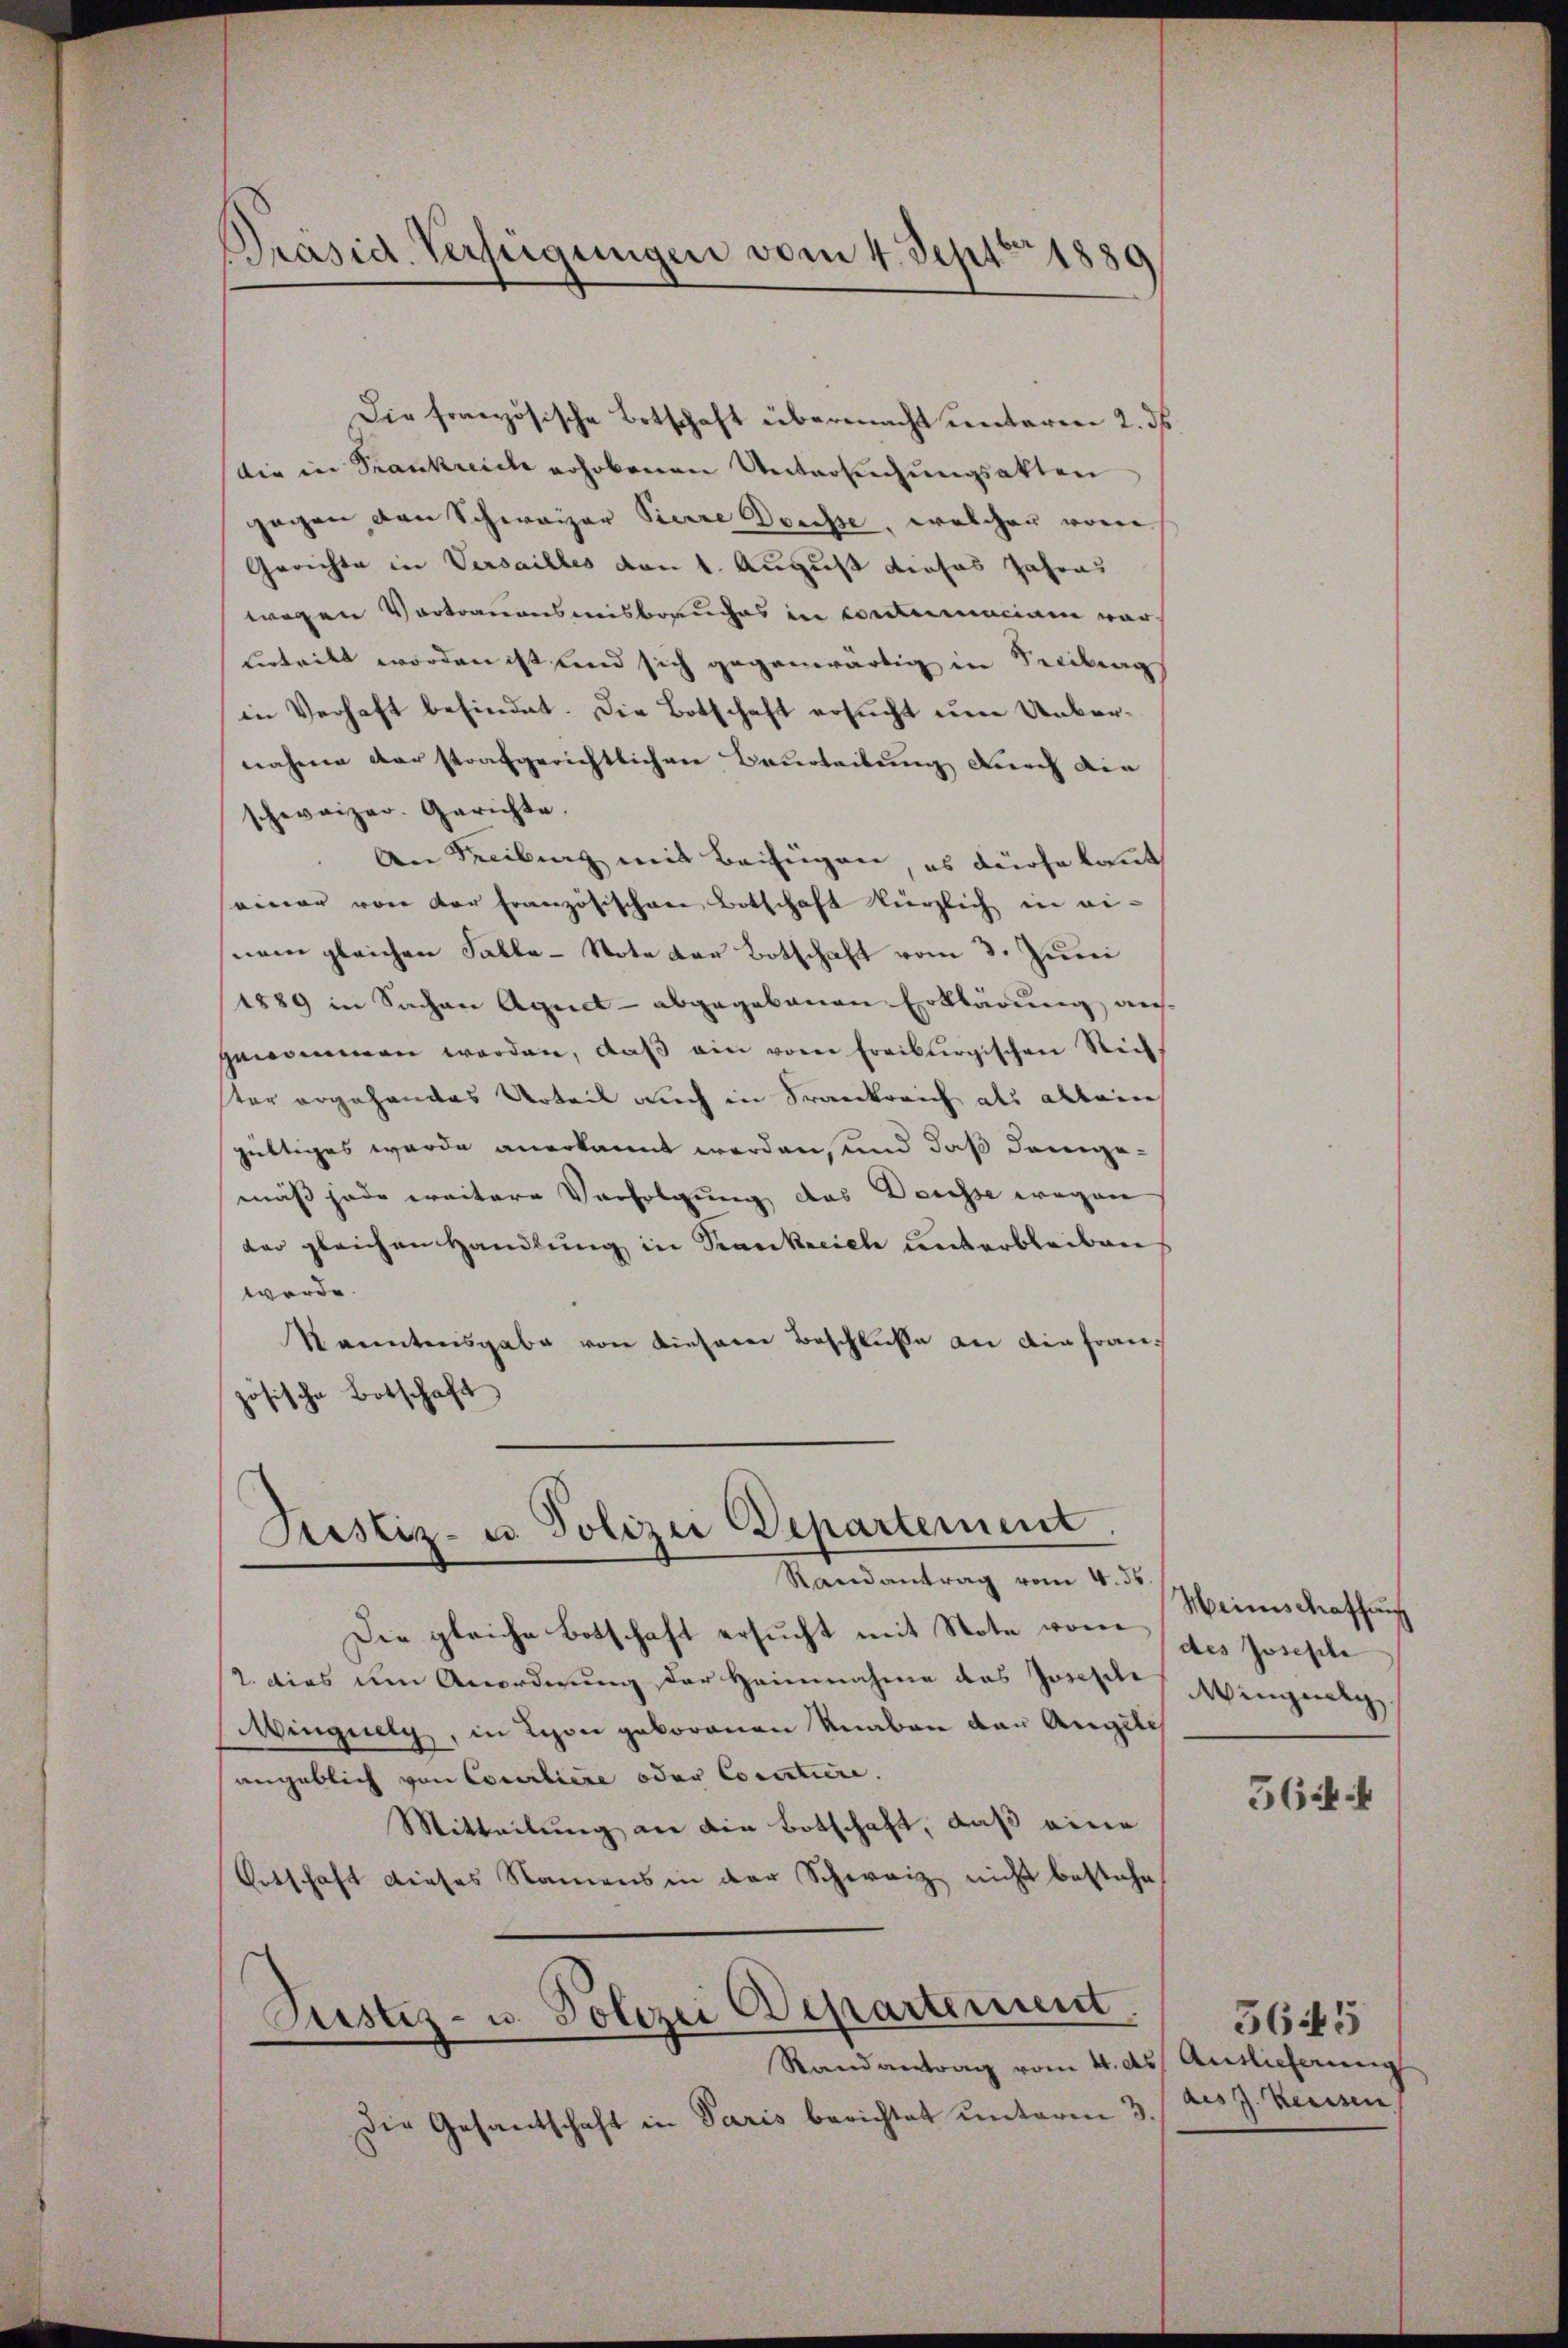
Präsid. Verfügungen vom 4. Septbr 1889

die in Frankreich erhobenen Untersuchungsakten
gegen den Schweizer Pierre Dreisse, welcher von
Gerichte in Versailles von 1. August dieses Jahres
wegen Vortrauensmisbrauches in conclumaciam vorutritt worden ist und sich gegenwärtig in Freibungs
in Verhaft befindet. Die Botschaft ersucht eine Unbernahme der strafgerichtlichen Beurteilung durch die
schweizer. Gerichte.
An Freibung mit Beifügen, es dürfe kannt
einer von der Französischen Botschaft kürzlich in ei-
nem gleichen Falle-Note der Botschaft vom 3. Juni
1889 in Sachen Agnet - abgegebenen Erklärung auf
genommen werden, daβ ein vom Freiburgischen Rich
ter ergehandes Urteil auch in Frankreich als allein
gültiges wurde anerkannt werden, und daß dangemäß jede weitere Verfolgung das Denisse wegen
dar gleichen Handlung in Krankreich unterbleiben
werde.
kanntnisgabe von dieserer Beschluße an die Französische Botschaft

Die französische Botschaft übermacht unteren 2. ds.

Justiz- u. Polizei Departement.

Randantrag vom 4ten Heimschaffun
Die gleiche Botschaft ersucht mit Note worin des Josephe
2. dies um Anordnung der Heinnahme das Joseph Wingereg
Wingung, in Lyon geborenen Knaben den Angele
angeblich von Conciliere oder Coratiere.
Mitteilung an die Botschaft, daß eine
Ortschaft dieses Namens in der Schweiz nicht bestehe
Justiz- u. Polizei Departement.
Randantrag vom 4. ds. Auslicherung
Die Gesantschaft in Paris berichtet unterm 3.

564 f

5645
ais J. Keisen